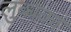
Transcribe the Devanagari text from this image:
लुब्धका